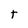
Character: t